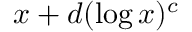
x + d ( \log x ) ^ { c }